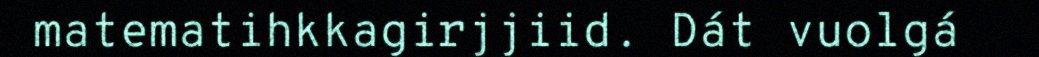
matematihkkagirjjiid. Dát vuolgá